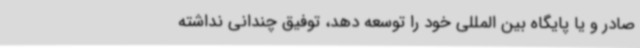
صادر و یا پایگاه بین المللی خود را توسعه دهد، توفیق چندانی نداشته